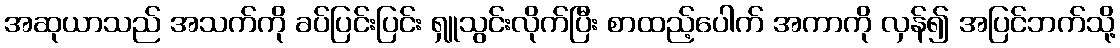
အဆုယာသည် အသက်ကို ခပ်ပြင်းပြင်း ရှူသွင်းလိုက်ပြီး စာထည့်ပေါက် အကာကို လှန်၍ အပြင်ဘက်သို့